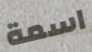
اسمة